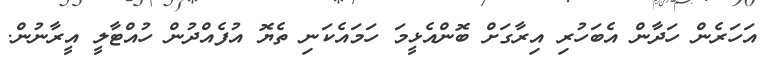
އަހަރެން ހަދާން އެބަހުރި އިރާގަށް ބޮންއެޅީމަ ހަމައެކަނި ތެޔޮ އުފެއްދުން ހުއްޓާލީ އީރާނުން.